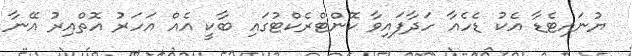
ޔުނައިޓެޑާ އެކު ޑެހެއާ ހަދާފައިވާ ކޮންޓްރެކްޓުގައި ބާކީ އެއް އަހަރު އޮތްއިރު އޭނާ